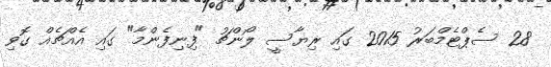
28 ސެޕްޓެމްބަރު 2015 ގައި ރިޔާސީ ލޯންޗު "ފިނިފެންމާ" ގައި އެއްޗެއް ގޮވި